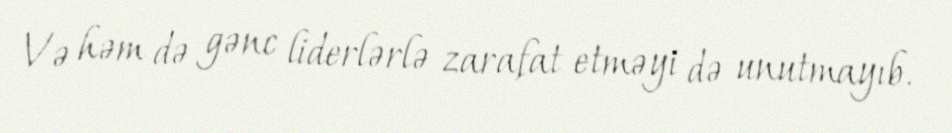
Və həm də gənc liderlərlə zarafat etməyi də unutmayıb.